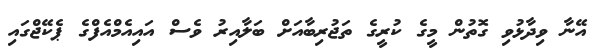
އޭނާ ވިދާޅުވި ގޮތުން މީގެ ކުރީގެ ތަޖުރިބާއަށް ބަލާއިރު ވެސް އައިއެމްއެފްގެ ޕެކޭޖްގައި